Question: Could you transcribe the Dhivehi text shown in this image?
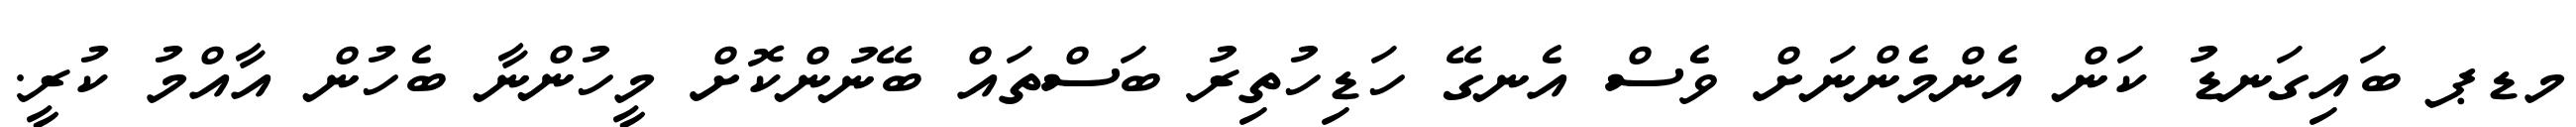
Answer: މޑޕ ބައިގަނޑު ކަން އެންމެންނަށް ވެސް އެނގޭ ހަޑިހުތިރު ބަސްތައް ބޭނުންކޮށް މީހުންނާ ބެހުން އާއްމު ކުރީ.